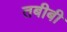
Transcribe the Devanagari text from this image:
तबीबी